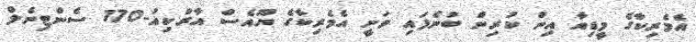
އެމެރިކާގެ މީޑިއާ އިން ކުރިން ބުނެފައި ވަނީ އެމެރިކާގެ ޔޫއެސް އާރްކިއު-170 ސެންޓިނެލް